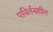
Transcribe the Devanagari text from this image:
पविर्तनशील